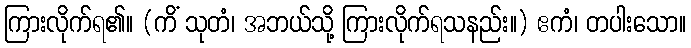
ကြားလိုက်ရ၏။ (ကိံ သုတံ၊ အဘယ်သို့ ကြားလိုက်ရသနည်း။) ဧကံ၊ တပါးသော။